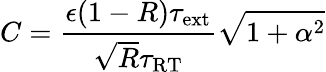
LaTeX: C=\frac{\epsilon(1-R)\tau_{\mathrm{ext}}}{\sqrt{R}\tau_{\mathrm{RT}}}\sqrt{1+\alpha^{2}}